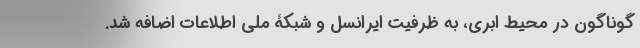
گوناگون در محیط ابری، به ظرفیت ایرانسل و شبکۀ ملی اطلاعات اضافه شد.